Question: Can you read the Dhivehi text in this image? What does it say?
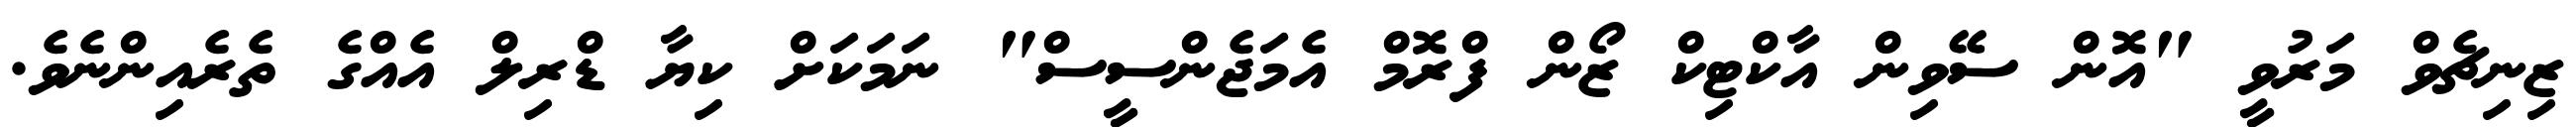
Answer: ޒިނިޗެވް މަރުވީ "އޮން ސޭވިން އާކްޓިކް ޒޯން ފްރޮމް އެމަޖެންސީސް" ނަމަކަށް ކިޔާ ޑްރިލް އެއްގެ ތެރެއިންނެވެ.